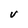
Character: V